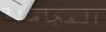
المجاملة